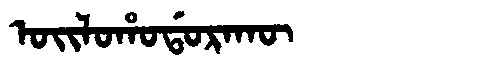
Manchu: ᠣᡳᠯᠣᡥᠣᡩᠣᡵᠠᡴᡡ
Romanization: OILOHODORAKŪ